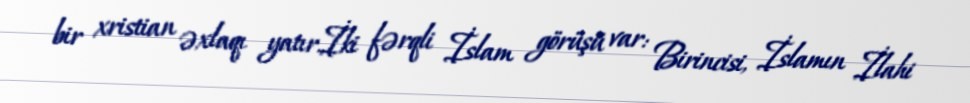
bir xristian əxlaqı yatır.İki fərqli İslam görüşü var: Birincisi, İslamın İlahi